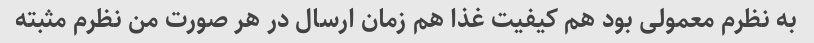
به نظرم معمولی بود هم کیفیت غذا هم زمان ارسال در هر صورت من نظرم مثبته